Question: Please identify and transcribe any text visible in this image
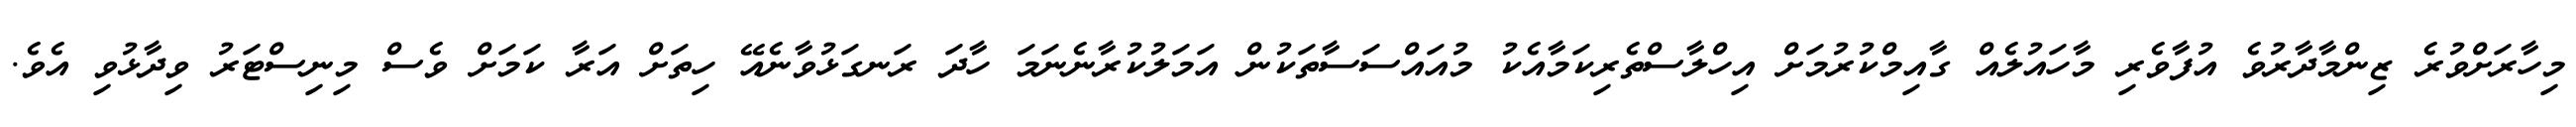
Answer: މިހާރަށްވުރެ ޒިންމާދާރުވެ އުފާވެރި މާހައުލެއް ގާއިމްކުރުމަށް އިހްލާސްތެރިކަމާއެކު މުއައްސަސާތަކުން އަމަލުކުރާނެނަމަ ހާދަ ރަނގަޅުވާނެއޭ ހިތަށް އަރާ ކަމަށް ވެސް މިނިސްޓަރު ވިދާޅުވި އެވެ.